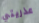
عذريتي